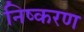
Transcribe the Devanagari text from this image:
निष्करण